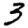
Digit: 3